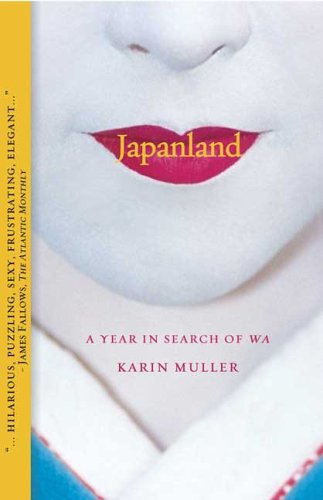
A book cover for Japanland: A Year in Search of Wa; Karin Muller; Biographies & Memoirs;